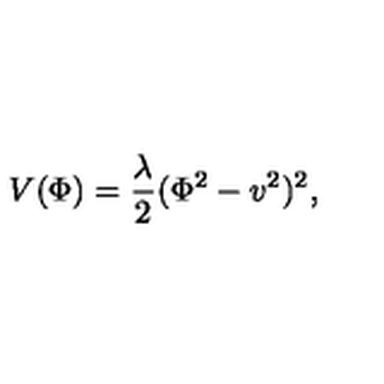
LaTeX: V ( \Phi ) = \frac { \lambda } { 2 } ( \Phi ^ { 2 } - v ^ { 2 } ) ^ { 2 } ,